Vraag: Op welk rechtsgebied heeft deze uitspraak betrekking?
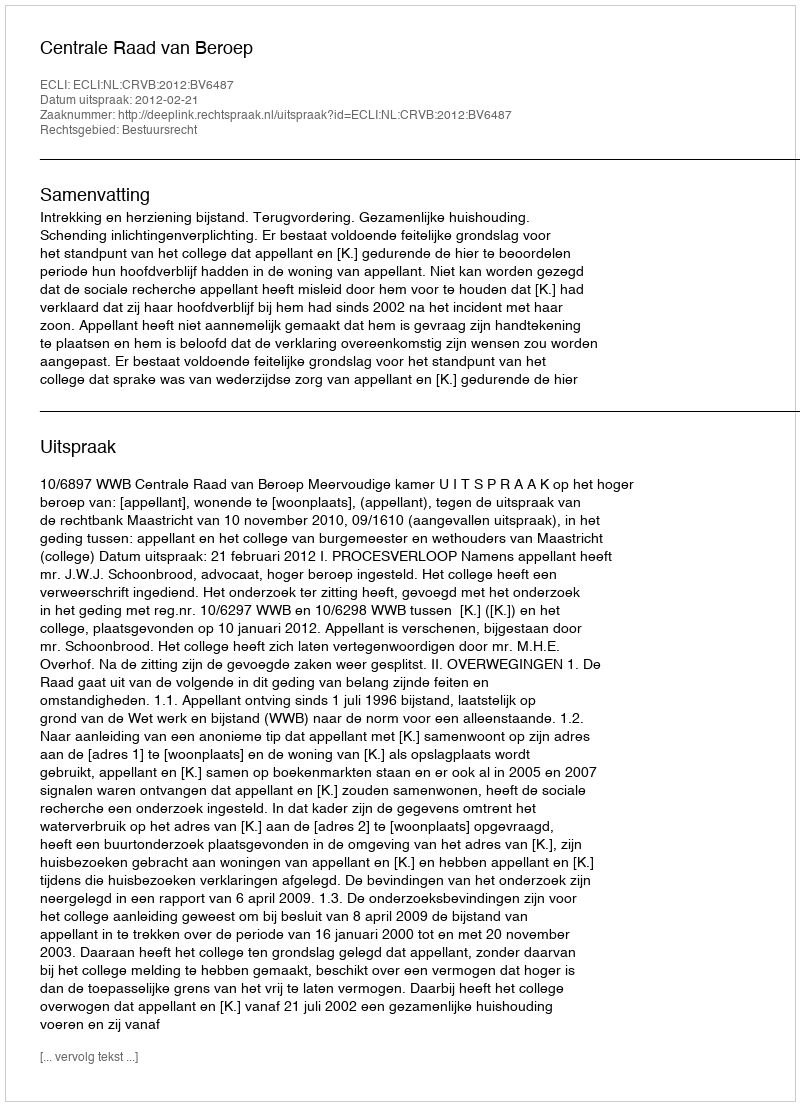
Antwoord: Bestuursrecht